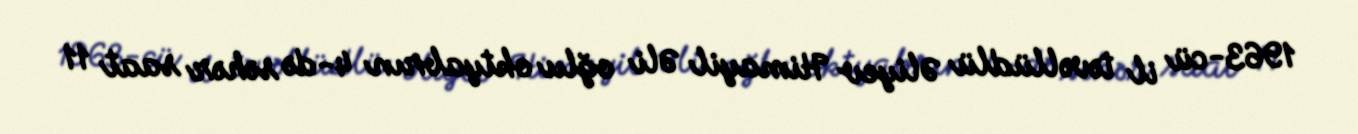
1963-cü il təvəllüdlü Əliyev Himayil Əli oğlu oktyabrın 4-də səhər saat 11